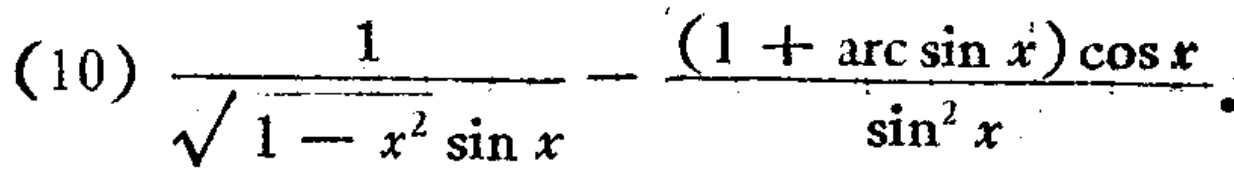
\[(10)\frac{1}{\sqrt{1 - x^{2}}\sin x}-\frac{(1 + \arcsin x)\cos x}{\sin^{2}x}\]